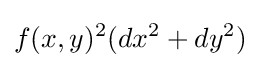
f(x,y)^{2}(dx^{2}+dy^{2})